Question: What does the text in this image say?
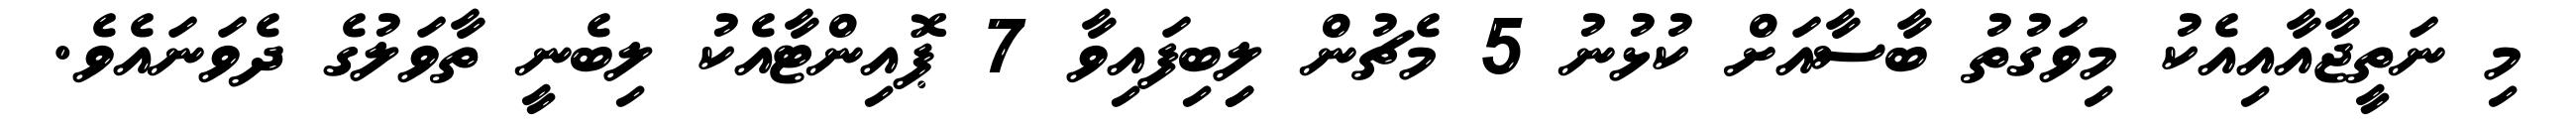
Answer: މި ނަތީޖާއާއިއެކު މިވަގުތު ބާސާއަށް ކުޅުނު 5 މެޗުން ލިިބިފައިވާ 7 ޕޮއިންޓާއެކު ލިބެނީ ތާވަލުގެ ދެވަނައެވެ.